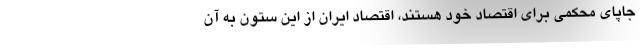
جاپای محکمی برای اقتصادِ خود هستند، اقتصادِ ایران از این ستون به آن